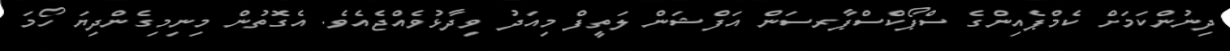
ދިނުންކަމަށް ކެމްޕެއިންގެ ސްޕޯކްސްޕާރސަން އަފްޝަން ލަތީފް މިއަދު ވިދާޅުވެއްޖެއެވެ. އެގޮތުން މިނިމިގެންދިޔަ ހޯމަ